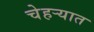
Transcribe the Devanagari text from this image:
चेहर्‍यात